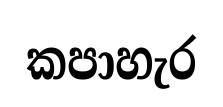
කපාහැර